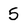
Character: 5